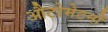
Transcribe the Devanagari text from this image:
औटोमेटनों